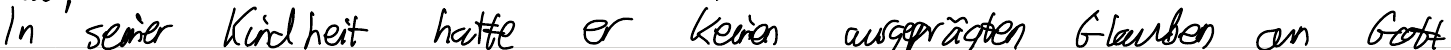
In seiner Kindheit hatte er keinen ausgeprägten Glauben an Gott